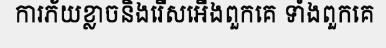
ការភ័យខ្លាចនិងរើសអើងពួកគេ ទាំងពួកគេ